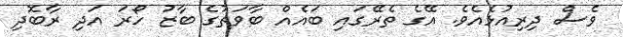
ވެސް ދިރިއުޅެއެވެ. އޭގެ ތެރޭގައި ބައެއް ބާވަތުގެ ބާޒު ހޯރަ އަދި ރާބޮދި